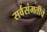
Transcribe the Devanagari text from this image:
सर्वसंमतीचे